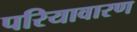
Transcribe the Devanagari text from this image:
परियावारण